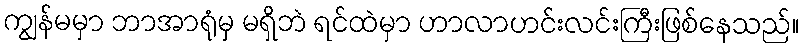
ကျွန်မမှာ ဘာအာရုံမှ မရှိဘဲ ရင်ထဲမှာ ဟာလာဟင်းလင်းကြီးဖြစ်နေသည်။